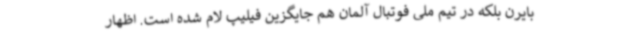
بایرن بلکه در تیم ملی فوتبال آلمان هم جایگزین فیلیپ لام شده است. اظهار